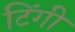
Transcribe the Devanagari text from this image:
टिंगी